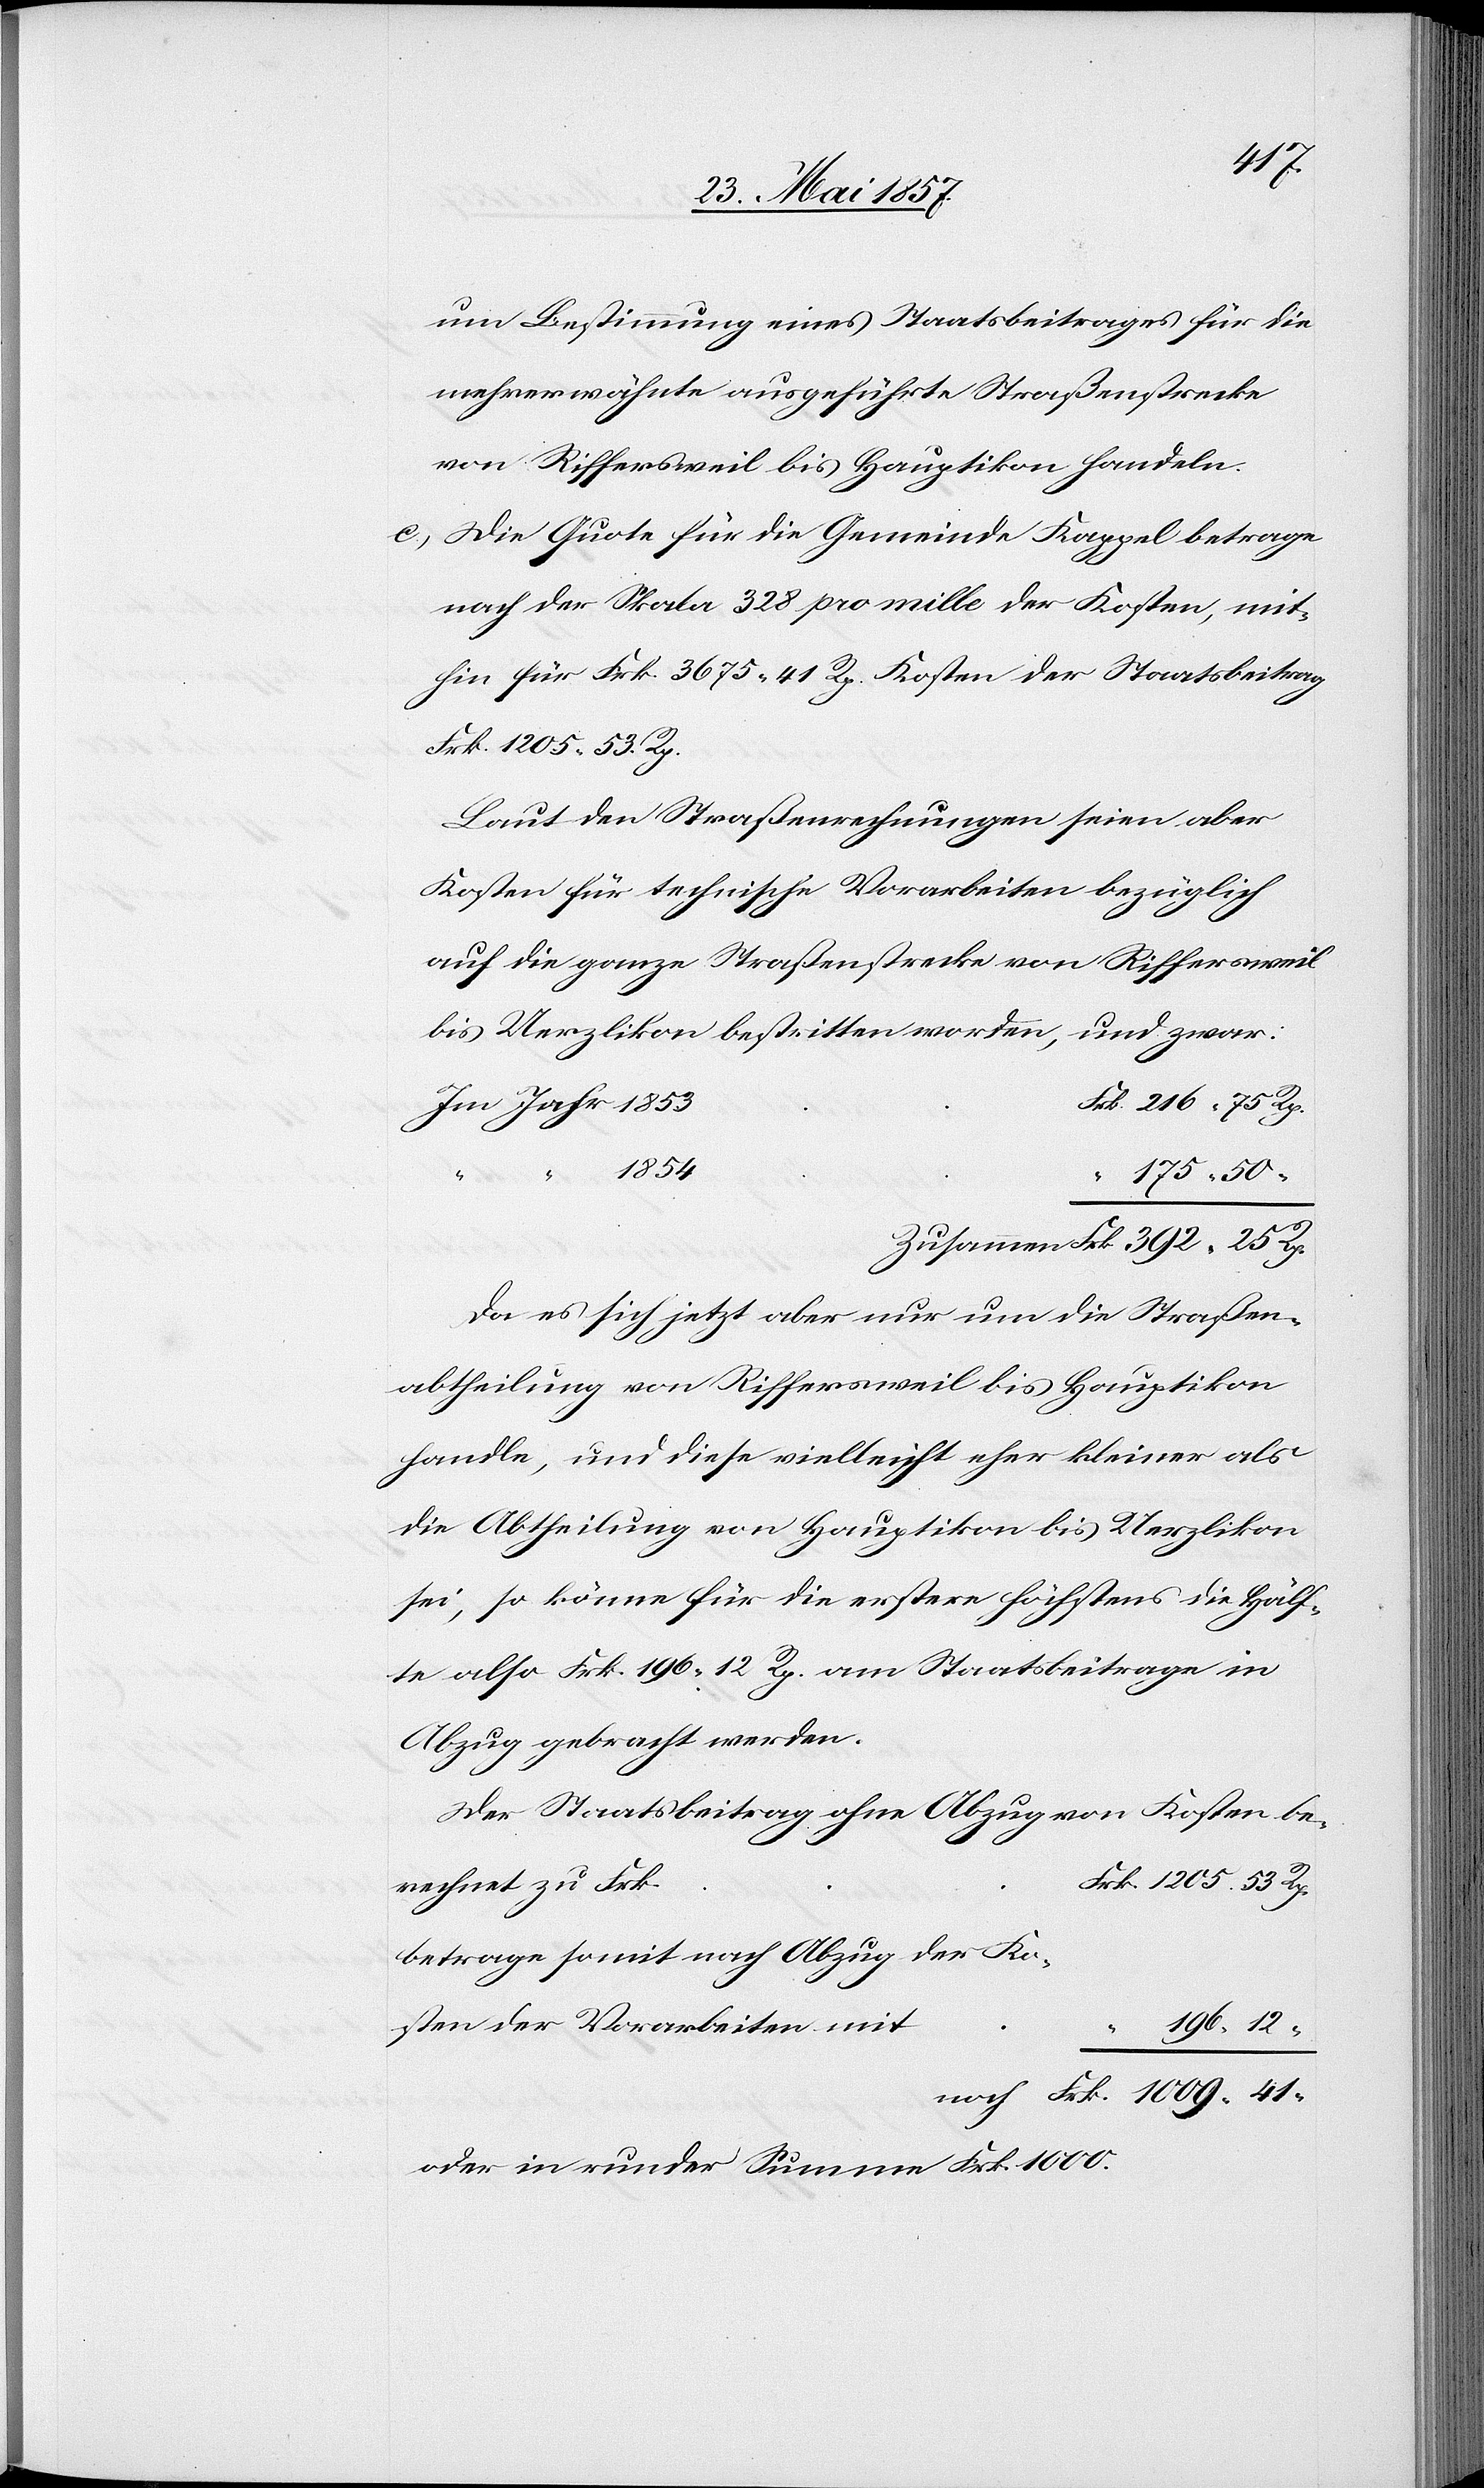
um Bestimmung eines Staatsbeitrages für die
mehrerwähnte ausgeführte Straßenstrecke
von Riffersweil bis Hauptikon handeln.
c.) Die Quote für die Gemeinde Kappel betrage
nach der Skala 328 pro mille der Kosten, mit¬
hin für Frk. 3675. 41 Rp Kosten der Staatsbeitrag
rk. 1205. 53 Rp.
Laut den Straßenrechnungen seien aber
Kosten für technische Vorarbeiten bezüglich
auf die ganze Straßenstrecke von Riffersweil
bis Uerzlikon bestritten worden, und zwar:
216. 75 Rp.
175. 50
Zusammen Frk. 392. 25 Rp.
Da es sich jetzt aber nur um die Straßen¬
abtheilung von Riffersweil bis Hauptikon
handle, und diese vielleicht eher kleiner als
die Abtheilung von Hauptikon bis Uerzlikon
sei, so könne für die erstere höchstens die Hälf¬
te also Frk. 196. 12 Rp. am Staatsbeitrage in
Abzug gebracht werden.
Der Staatsbeitrag ohne Abzug von Kosten be¬
rechnet zu Frk.		F¬
betrage somit nach Abzug der Ko¬
sten der Vorarbeiten mit			“
196.12
noch Frk. 1009. 41 “
oder in runder Summe Frk. 1000.